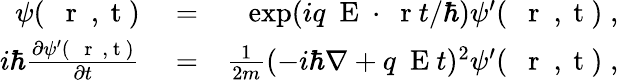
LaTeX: \begin{array}{rlr}{\psi(\mathrm{~{~\mathbf~r~}~,~t~})}&{{}=}&{\exp(iq\mathrm{~\mathbf~E~}\cdot\mathrm{~\mathbf~r~}t/\hbar)\psi^{\prime}(\mathrm{~{~\mathbf~r~}~,~t~})\; ,}\\ {i\hbar\frac{\partial\psi^{\prime}(\mathrm{~{~\mathbf~r~}~,~t~})}{\partial t}}&{{}=}&{\frac{1}{2m}(-i\hbar\nabla+q\mathrm{~\mathbf~E~}t)^{2}\psi^{\prime}(\mathrm{~{~\mathbf~r~}~,~t~})\; ,}\end{array}